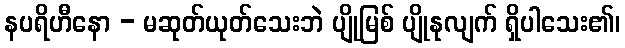
နပရိဟီနော - မဆုတ်ယုတ်သေးဘဲ ပျိုမြစ် ပျိုနုလျက် ရှိပါသေး၏၊